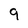
Character: 9